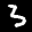
Label: 3